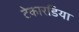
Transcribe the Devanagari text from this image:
टेकारडिया